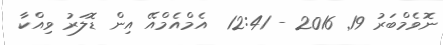
ނޮވެމްބަރު 19